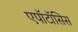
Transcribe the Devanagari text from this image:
एपॉटॉसिस